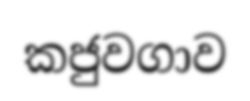
කජුවගාව